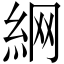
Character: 䋞